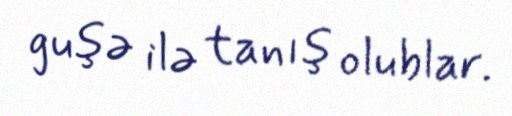
guşə ilə tanış olublar.